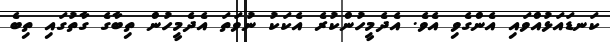
ކަނޑައަޅުއްވައި އެންގެވި އެވެ. އެދެމީހުންކުރެ އެކަކު ނުވަތަ އެދެމީހުން ތިބާގެ ގާތުގައި ތިބެ